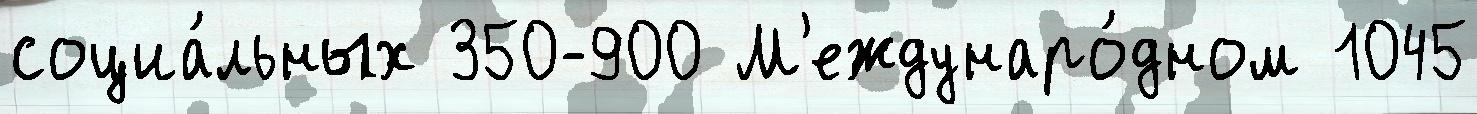
социа́льных 350-900 М'еждунаро́дном 1045